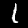
Label: 1